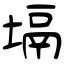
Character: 塥